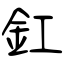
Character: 釭